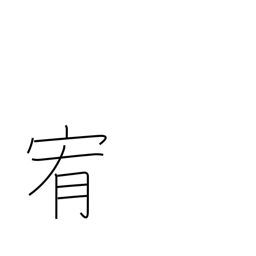
Meaning: pacify